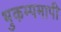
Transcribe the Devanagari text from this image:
भुकम्पमापी